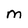
Character: M